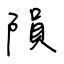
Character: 隕